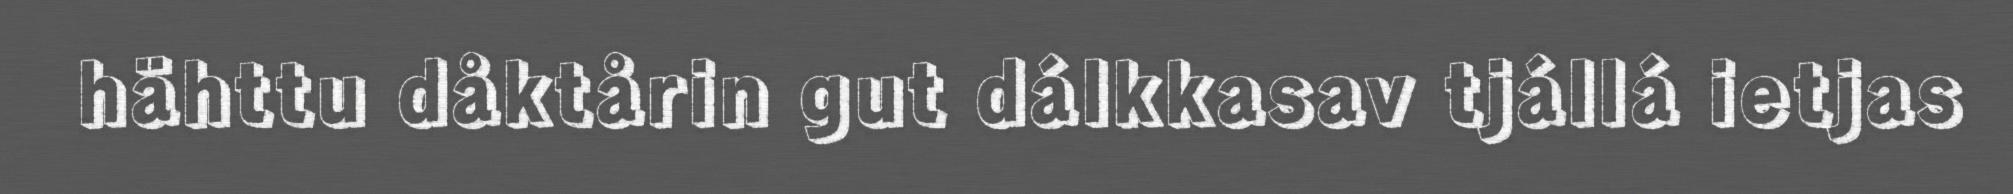
hähttu dåktårin gut dálkkasav tjállá ietjas